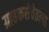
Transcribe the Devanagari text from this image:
ग्राहकसेवेतल्या